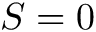
S = 0